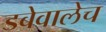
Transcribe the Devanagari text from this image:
डबेवालेच